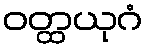
ဝတ္ထယုဂံ